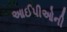
આઈપીઓની